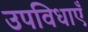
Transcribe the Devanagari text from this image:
उपविधाएँ